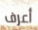
أعرف